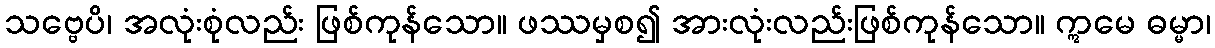
သဗ္ဗေပိ၊ အလုံးစုံလည်း ဖြစ်ကုန်သော။ ဖဿမှစ၍ အားလုံးလည်းဖြစ်ကုန်သော။ ဣမေ ဓမ္မာ၊